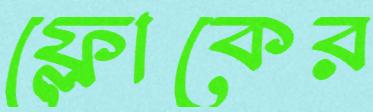
ফ্লোকের